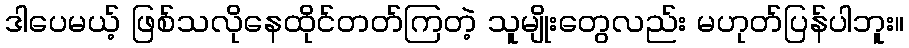
ဒါပေမယ့် ဖြစ်သလိုနေထိုင်တတ်ကြတဲ့ သူမျိုးတွေလည်း မဟုတ်ပြန်ပါဘူး။